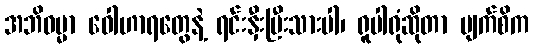
အဘိဓမ္မာ ဝေါဟာရတွေနဲ့ ရင်းနှီးပြီးသားပါ၊ ရူပါရုံဆိုတာ မျက်စိက